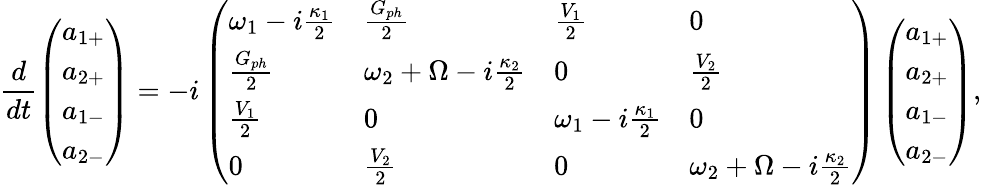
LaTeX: \frac{d}{dt}\left(\begin{array}{l}{a_{1+}}\\ {a_{2+}}\\ {a_{1-}}\\ {a_{2-}}\end{array}\right)=-i\left(\begin{array}{llll}{\omega_{1}-i\frac{\kappa_{1}}{2}}&{\frac{G_{ph}}{2}}&{\frac{V_{1}}{2}}&{0}\\ {\frac{G_{ph}}{2}}&{\omega_{2}+\Omega-i\frac{\kappa_{2}}{2}}&{0}&{\frac{V_{2}}{2}}\\ {\frac{V_{1}}{2}}&{0}&{\omega_{1}-i\frac{\kappa_{1}}{2}}&{0}\\ {0}&{\frac{V_{2}}{2}}&{0}&{\omega_{2}+\Omega-i\frac{\kappa_{2}}{2}}\end{array}\right)\left(\begin{array}{l}{a_{1+}}\\ {a_{2+}}\\ {a_{1-}}\\ {a_{2-}}\end{array}\right),